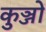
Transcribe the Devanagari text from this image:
कुञ्जों